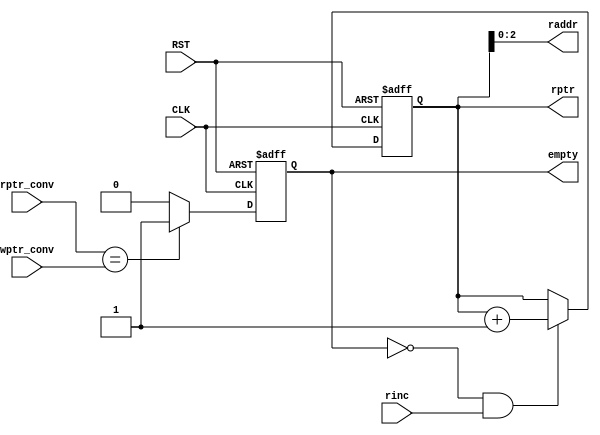
//******************************************************************************************//
//  Description:                                                                            //
//  ------------                                                                            //
//  It is responsible for calculation of read address (raddr) and generation of empty flag  //
//                                                                                          //
//******************************************************************************************//

module FIFO_RD  #( parameter PTR_WIDTH = 4 )
  ( input   wire                      CLK         ,
    input   wire                      RST         ,
    input   wire                      rinc        ,
    input   wire    [PTR_WIDTH-1:0]   wptr_conv   ,
    input   wire    [PTR_WIDTH-1:0]   rptr_conv   ,
    output  reg     [PTR_WIDTH-1:0]   rptr        ,
    output  wire    [PTR_WIDTH-2:0]   raddr       ,
    output  reg                       empty       );
    
    // empty flag declaration
    wire  EMPTY_FLAG;
    
    // empty calculation always block
    always @(posedge CLK or negedge RST)
    begin
      if(!RST)
        empty <= 1'b1;
      else if(EMPTY_FLAG)
        empty <= 1'b1;
      else
        empty <= 1'b0;
    end
    
    // read address increment always block
    always @(posedge CLK or negedge RST)
    begin
      if(!RST)
        rptr <= 'b0;
      else if(!empty && rinc)
        rptr <= rptr + 1'b1;
    end

  // the read address is the LSBs of the pointer
  assign raddr = rptr[PTR_WIDTH-2:0];
  
  // empty flag condition
  assign EMPTY_FLAG = (rptr_conv == wptr_conv); //when both pointers, including the MSBs are equal
endmodule